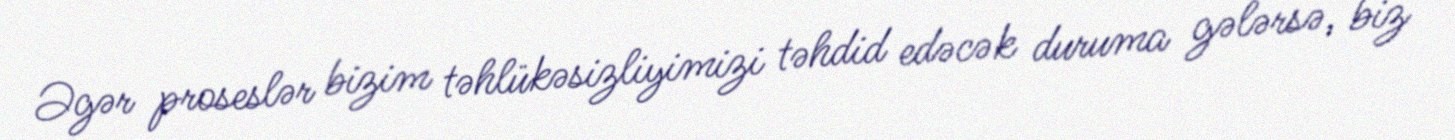
Əgər proseslər bizim təhlükəsizliyimizi təhdid edəcək duruma gələrsə, biz